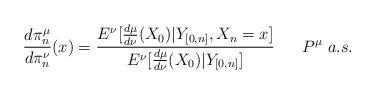
LaTeX: \begin{align*}\frac{d\pi_{n}^{\mu}}{d\pi_{n}^{\nu}}(x)&=\frac{E^{\nu}[\frac{d\mu}{d\nu}(X_{0})|Y_{[0,n]},X_{n}=x]}{E^{\nu}[\frac{d\mu}{d\nu}(X_{0})|Y_{[0,n]}]}~~~~~P^{\mu}~a.s.\end{align*}